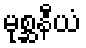
မုစ္ဆနီယံ